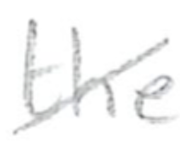
Text: the
Cross-out: diagonal
Writing tool: pencil